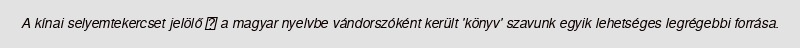
A kínai selyemtekercset jelölő 卷 a magyar nyelvbe vándorszóként került 'könyv' szavunk egyik lehetséges legrégebbi forrása.